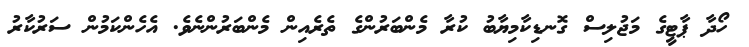
ހޯދާ ޕާޓީގެ މަޖުލިސް ގޮނޑިކާމިޔާބު ކުރާ މެންބަރުންގެ ތެރެއިން މެންބަރުންނެވެ. އެހެންކަމުން ސަރުކާރު